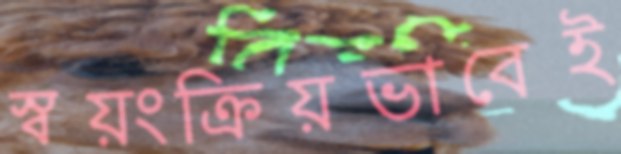
স্বয়ংক্রিয়ভাবেই